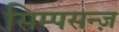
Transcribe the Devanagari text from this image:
सिम्पसन्ज़